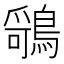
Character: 𬷤